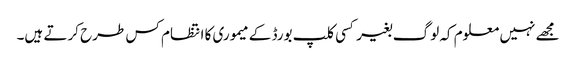
مجھے نہیں معلوم کہ لوگ بغیر کسی کلپ بورڈ کے میموری کا انتظام کس طرح کرتے ہیں۔